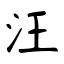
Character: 汪